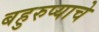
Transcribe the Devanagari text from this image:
बहुरुप्याचे